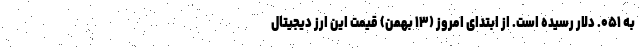
به ۰۵۱. دلار رسیده است. از ابتدای امروز (۱۳ بهمن) قیمت این ارز دیجیتال